Report on vaccination in Madras 1922-1929 - 1922-1929
Year: 1922
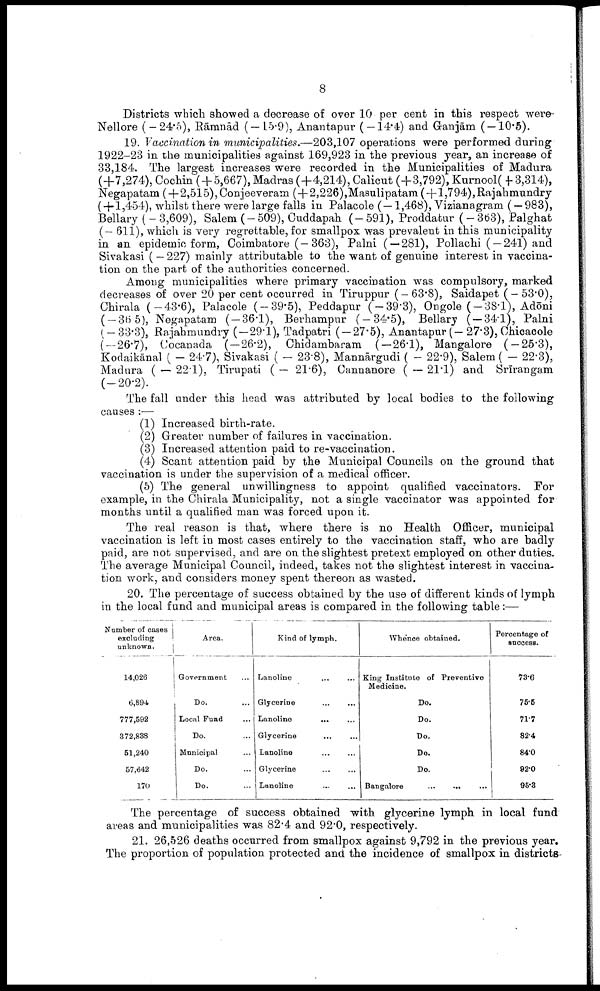
8
Districts which showed a decrease of over 10 per cent in this respect were
Nellore (—24.5), Rāmnād (—15.9), Anantapur ( — 14.4) and Ganjām ( — 10.5).
19. Vaccination in municipalities.—203,107 operations were performed during
1922-23 in the municipalities against 169,923 in the previous year, an increase of
33,184. The largest increases were recorded in the Municipalities of Madura
(+7,274), Cochin ( + 5,667), Madras (+4,214), Calicut (+3,792), Kurnool( + 3,314),
Negapatam (+ 2,515), Conjeeveram (+2,226),Masulipatam (+1,794),Rajahmundry
(+1,454), whilst there were large falls in Palacole (—1,468), Vizianagram ( — 983),
Bellary ( — 3,609), Salem (—509), Cuddapah (—591), Proddatur (—363), Palghat
(- 611), which is very regrettable, for smallpox was prevalent in this municipality
in an epidemic form, Coimbatore (— 363), Palni ( — 281), Pollachi ( —241) and
Sivakasi ( — 227) mainly attributable to the want of genuine interest in vaccina
tion on the part of the authorities concerned.
Among municipalities where primary vaccination was compulsory, marked
decreases of over 20 per cent occurred in Tiruppur ( — 63.8), Saidapet ( — 53.0),
Chirala (—43.6), Palacole (—39.5), Peddapur (—39.3), Ongole (—38.1), Adōni
( — 36.5), Negapatam (—36.1), Berhampur (—34.5), Bellary (—34.1), Palni
(—33.3), Rajahmundry (—29.1), Tadpatri ( — 27.5), Anantapur (—27.3), Chicacole
(—26.7), Cocanada (—26.2), Chidambaram (—26.1), Mangalore (—25.3),
Kodaikānal ( — 24.7), Sivakasi ( — 23.8), Mannārgudi ( — 22.9), Salem ( — 22.3),
Madura ( — 22.1), Tirupati ( — 21.6), Cannanore ( — 21.1) and Srīrangam
(—20.2).
The fall under this head was attributed by local bodies to the following
causes :—
(1) Increased birth-rate.
(2) Greater number of failures in vaccination.
(3) Increased attention paid to re-vaccination.
(4) Scant attention paid by the Municipal Councils on the ground that
vaccination is under the supervision of a medical officer.
(5) The general unwillingness to appoint qualified vaccinators. For
example, in the Chirala Municipality, not a single vaccinator was appointed for
months until a qualified man was forced upon it.
The real reason is that, where there is no Health Officer, municipal
vaccination is left in most cases entirely to the vaccination staff, who are badly
paid, are not supervised, and are on the slightest pretext employed on other duties.
The average Municipal Council, indeed, takes not the slightest interest in vaccina
tion work, and considers money spent thereon as wasted.
20. The percentage of success obtained by the use of different kinds of lymph
in the local fund and municipal areas is compared in the following table:—
Number of cases
excluding
unknown.
14,026
6,894
777,592
372,838
51,240
57,642
170
Area.
Government
...
Do. ...
Local Fund ...
Do. ...
Municipal ...
Do. ...
Do. ...
Kind of lymph.
Lanoline ... ...
Glycerine ... ...
Lanoline
... ...
Glycerine
...
...
Lanoline
...
...
Glycerine ... ...
Lanoline ... ...
Whence obtained.
King Institute of Preventive
Medicine.
Do.
Do.
Do.
Do.
Do.
Bangalore
...
...
...
Percentage of
success.
73.6
75.6
71.7
82.4
84.0
92.0
96.3
The percentage of success obtained with glycerine lymph in local fund
areas and municipalities was 82.4 and 92.0, respectively.
21. 26,526 deaths occurred from smallpox against 9,792 in the previous year.
The proportion of population protected and the incidence of smallpox in districts